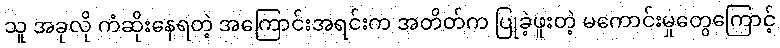
သူ အခုလို ကံဆိုးနေရတဲ့ အကြောင်းအရင်းက အတိတ်က ပြုခဲ့ဖူးတဲ့ မကောင်းမှုတွေကြောင့်